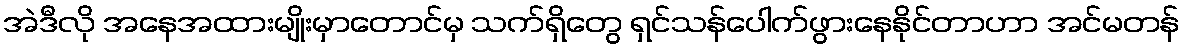
အဲဒီလို အနေအထားမျိုးမှာတောင်မှ သက်ရှိတွေ ရှင်သန်ပေါက်ဖွားနေနိုင်တာဟာ အင်မတန်